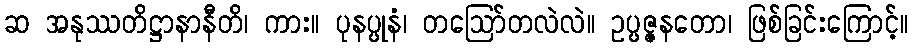
ဆ အနုဿတိဋ္ဌာနာနီတိ၊ ကား။ ပုနပ္ပုနံ၊ တဩော်တလဲလဲ။ ဥပ္ပဇ္ဇနတော၊ ဖြစ်ခြင်းကြောင့်။